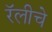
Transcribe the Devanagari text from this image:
रॅलीचे